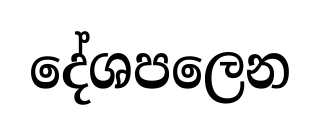
දේශපලෙන